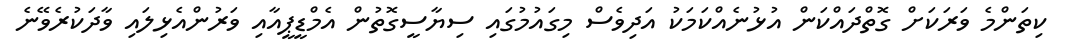
ކިތަންމެ ވަރަކަށް ގޮތްދައްކަން އުޅުނެއްކަމަކު އަދިވެސް މިގައުމުގައި ސިޔާސީގޮތުން އެމްޑީޕީއާއި ވަރުންއެޅިލައި ވާދަކުރެވޭނެ